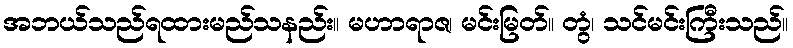
အဘယ်သည်ရထားမည်သနည်း။ မဟာရာဇ၊ မင်းမြတ်။ တွံ၊ သင်မင်းကြီးသည်။